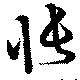
悵